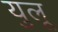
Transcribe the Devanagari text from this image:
युलू